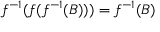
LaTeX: f ^ { - 1 } ( f ( f ^ { - 1 } ( B ) ) ) = f ^ { - 1 } ( B )